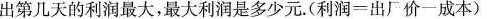
出第几天的利润最大，最大利润是多少元。(利润-出厂价一成本)